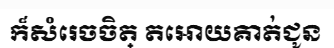
ក៏សំរេចចិត្ តអោយគាត់ជូន